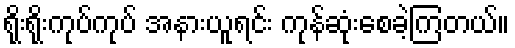
ရိုးရိုးကုပ်ကုပ် အနားယူရင်း ကုန်ဆုံးစေခဲ့ကြတယ်။